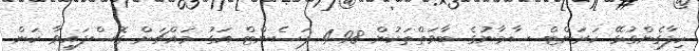
ހިފާގެންގުޅޭ ކަރަންޓް ސާމާނުގެ ބާވަތްތަކުން 4.98 ޕަސެންޓް އަގު މައްޗަށް ގޮސްފައިވާ ކަން